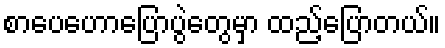
စာပေဟောပြောပွဲတွေမှာ ထည့်ပြောတယ်။